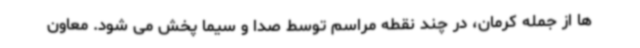
ها از جمله کرمان، در چند نقطه مراسم توسط صدا و سیما پخش می شود. معاون